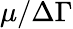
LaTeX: \mu/\Delta\Gamma